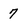
Character: 7